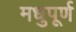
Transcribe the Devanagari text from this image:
मधुपूर्ण